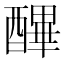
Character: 𨢡